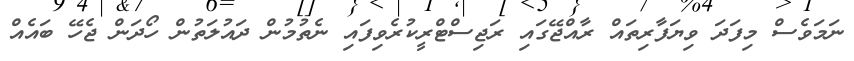
ނަމަވެސް މިފަދަ ވިޔަފާރިތައް ރާއްޖޭގައި ރަޖިސްޓްރީކުރެވިފައި ނެތުމުން ދައުލަތުން ހޯދަން ޖެހޭ ބައެއް